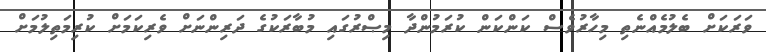
ވަރަކަށް ބެލުމެއްނެތި މިހާރުވެސް ކަންކަން ކުރަމުންދާ މިޞްރުގައި މުބާރަކުގެ ދަރިންނަށް ވެރިކަމަށް ކުރިމަތިލުމަށް